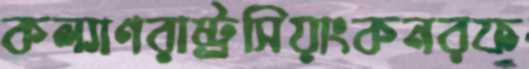
কল্যাণরাষ্ট্রসিয়াংকনরফ